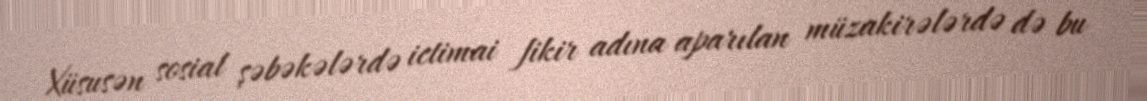
Xüsusən sosial şəbəkələrdə ictimai fikir adına aparılan müzakirələrdə də bu